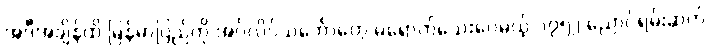
အဲဒီအချိန်ထိ မြန်မာပြည်ကို အင်္ဂလိပ်သင်္ဘောတွေ မရောက်သေးပေမယ့် ၁၇၅၂ ညောင်ရမ်းဆက်